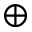
\oplus